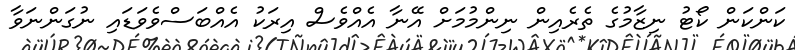
ކަންކަން ކޯޓު ނިޒާމުގެ ތެރެއިން ނިންމުމަށް އޭނާ އެއްވެސް އިރަކު އެއްބަސްވެވަޑައި ނުގަންނަވާ